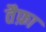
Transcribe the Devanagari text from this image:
तैफ़ा